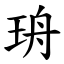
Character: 珘